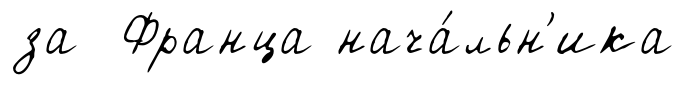
за Франца нача́льн'ика